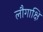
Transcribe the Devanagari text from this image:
लौगाक्षि